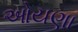
ઓયણા